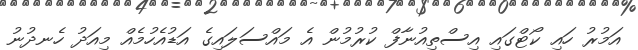
އަމުރު ހައި ކޯޓްގައި އިސްތިއުނާފް ކުރުމުން އެ މައްސަލައިގެ އަޑުއެހުމެއް މިއަދު ހެނދުނު